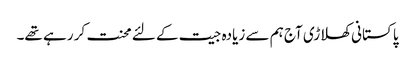
پاکستانی کھلاڑی آج ہم سے زیادہ جیت کے لئے محنت کر رہے تھے۔